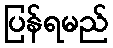
ပြန်ရမည်